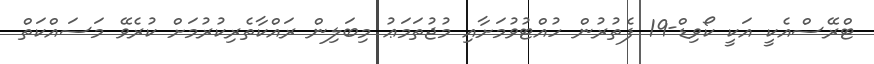
ޓްރޭސްއެކީ އަކީ ކޯވިޑް-19 ފެތުރުން ހުއްޓުވުމަށާއި މުޖުތަމަޢު މިބަލިން ރައްކާތެރިކުރުމަށް ކުރެވޭ މަސައްކަތް